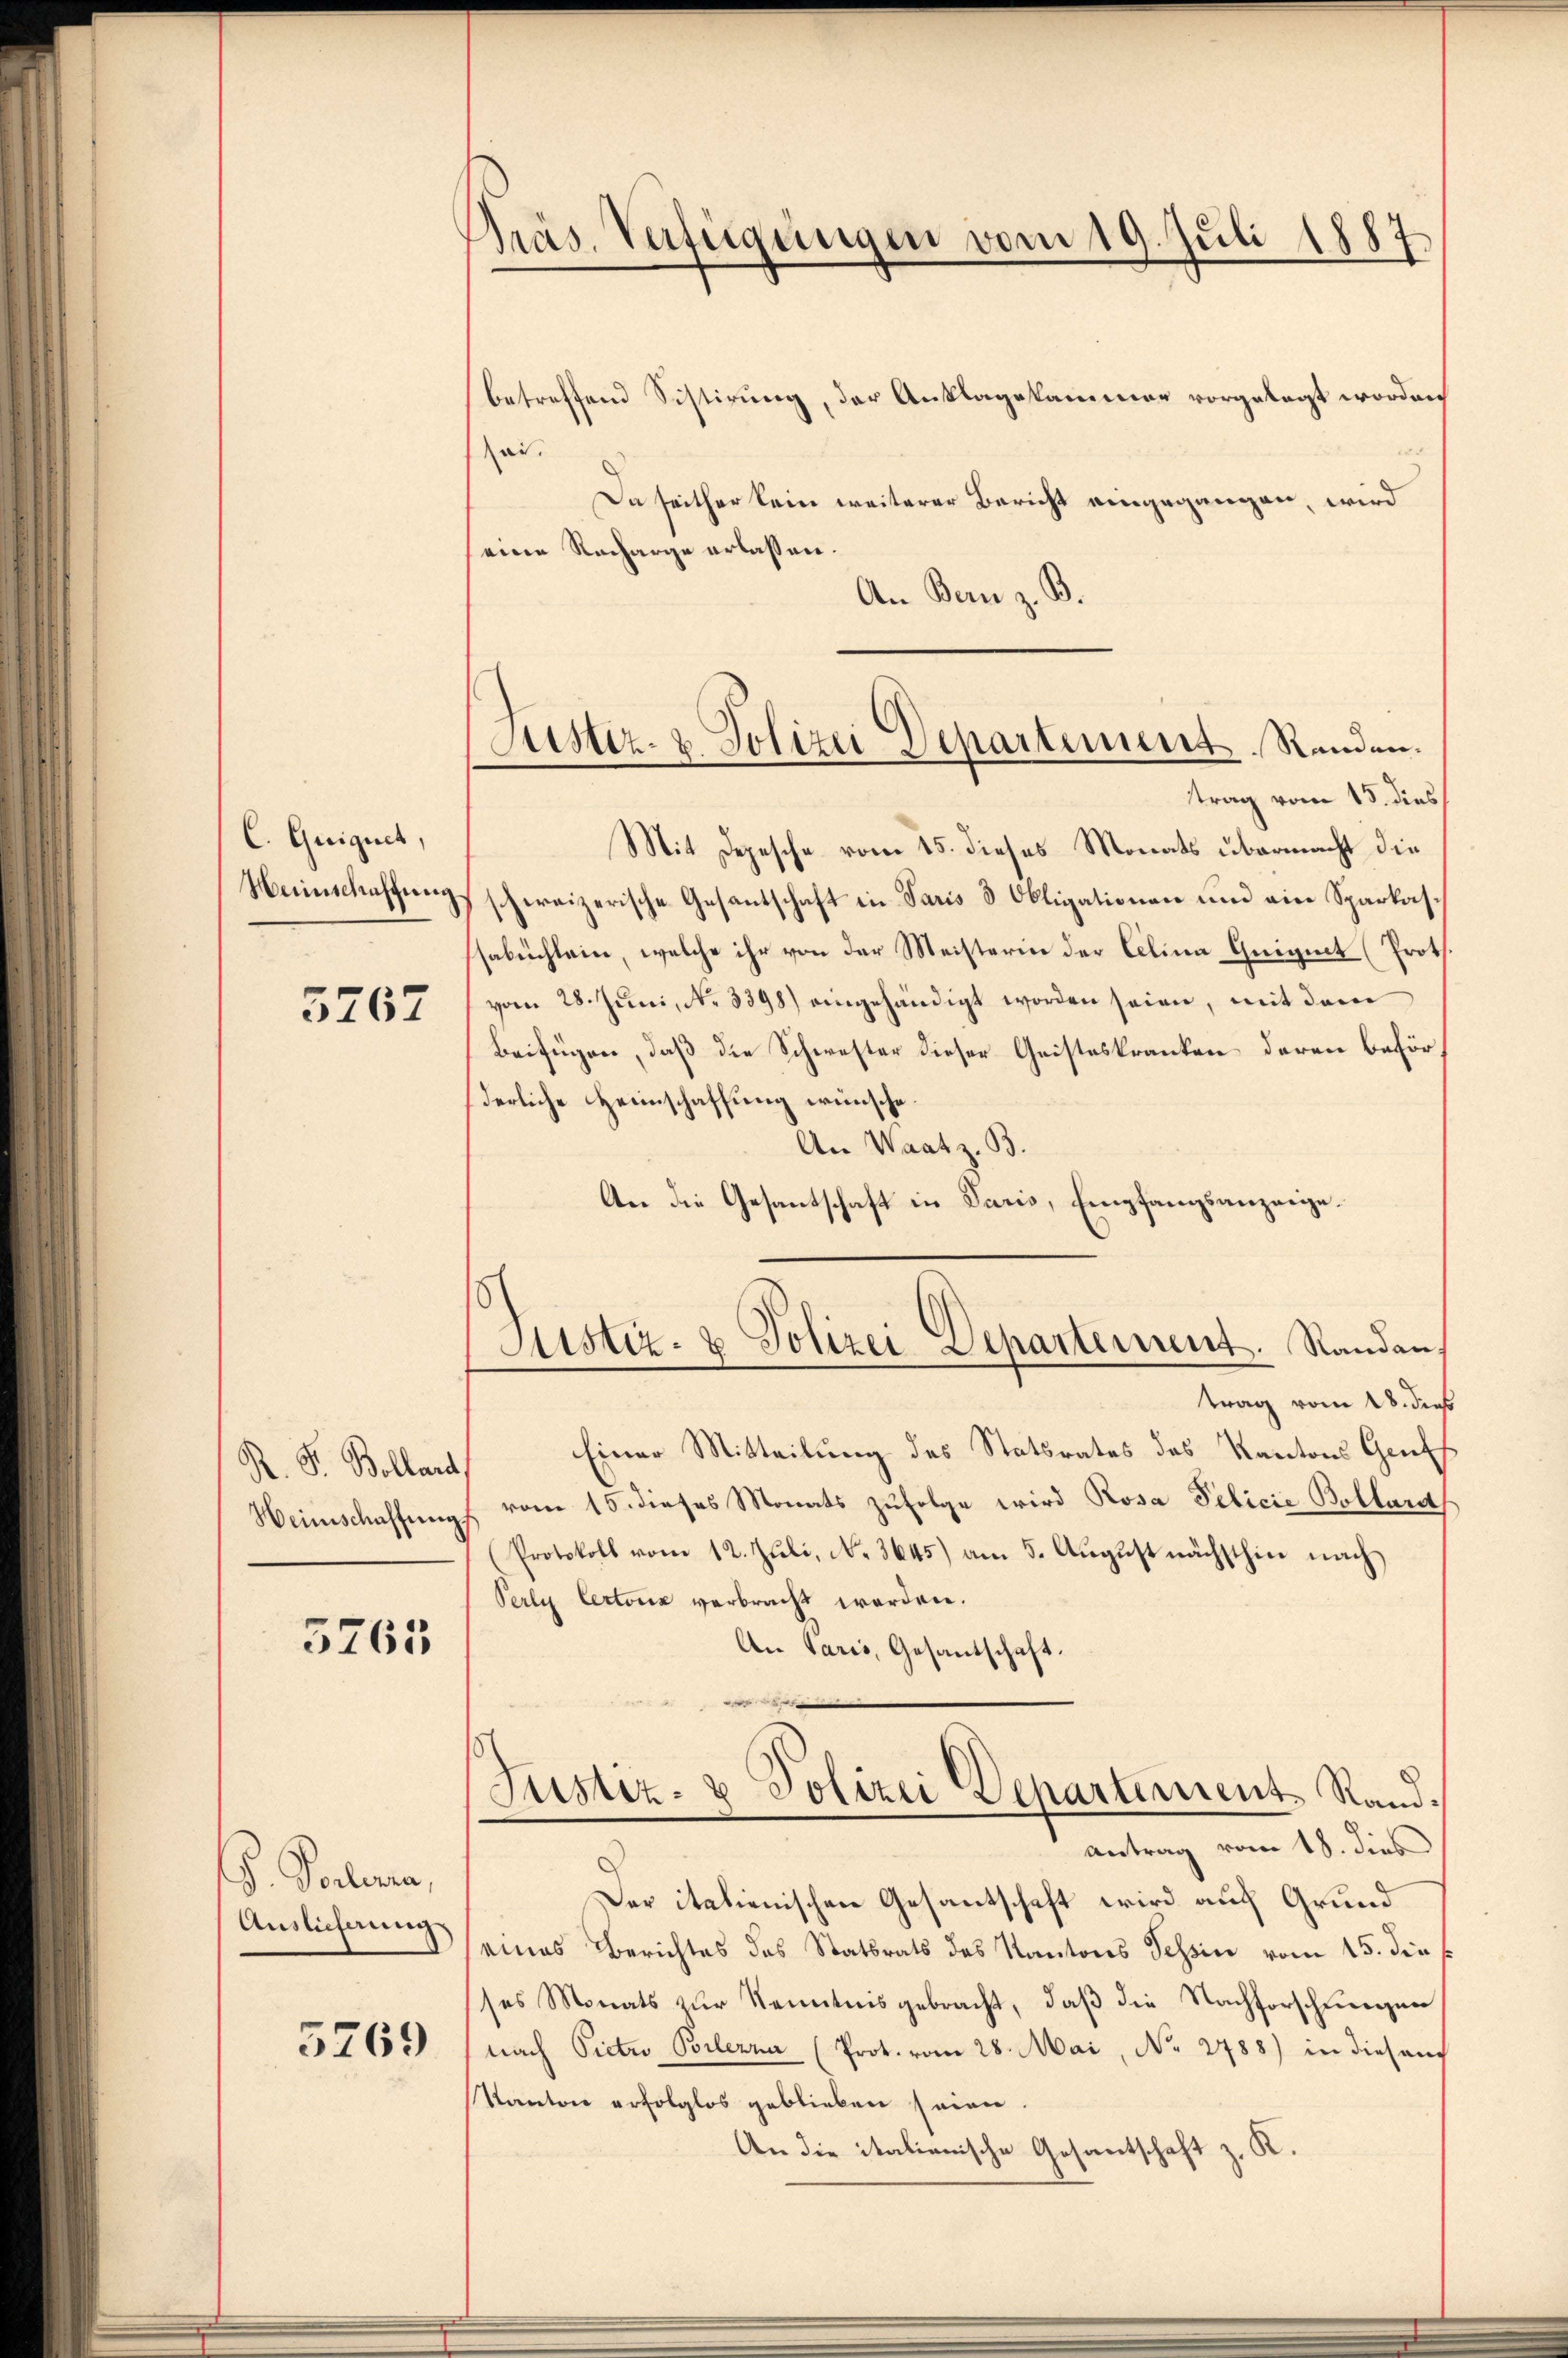
C. Guignet,
Weinschaffung

3267

R. P. Bollard
Heimschaffung.

3765

G. Vorlesen,
Auslieferung

5269

Präs. Verfügungen vom 19. Juli 1887

Justiz- & Polizei Departement. Randen.
trag vom 15. dies

betreffend Sistirung, der Anklagekammer vorgelegt worden
ai.
Da seither kein weiterer Bericht eingegangen, wird
eine Recharge erlassen.
An Bern z. B.

Mit Depesche vom 15. dieses Monats übermacht die
schweizerische Gesantschaft in Paris 3 Obligationen und ein Sparkassabuchlein, welche ihr von der Meisterin der Celina Guignet (Proth.
vom 28. Juni, No. 3398) eingehändigt worden seien, mit dem
Beifügen, daß die Schwester dieser Geisteskranken deren beförderliche Heimschaffung wünsche.
An Waatz. B.
An die Gesantschaft in Paris, Empfangsanzeige.
trag vom 28. dies
Einer Mitteilung des Statsrates des Kantons Genf
vom 15. dieses Monats zufolge wird Rosa Pelicie Bollard
Protokoll vom 12. Jŭli, N. 3645) am 5. Aŭgŭst nächsthin nach
Perly Certonis verbracht werden.
An Paris, Gesandschaft.
Justiz- & Polizei Departement Randantrag vom 18. dies
Der italienischen Gesantschaft wird auf Grund
eines Berichtes des Statsrats des Kantons Tessin vom 15. dies
ses Monats zur Kenntnis gebracht, daß die Nachforschlungen
nach Victo Brlerna (Prot. vom 28. Mai, No 2788) in diesen
Kanton erfolglos geblieben seien
An die italienische Gesantschaft z. K.

Justiz- & Polizei Departement. Standan,